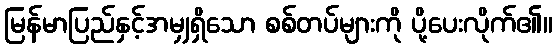
မြန်မာပြည်နှင့်အမျှရှိသော စစ်တပ်များကို ပို့ပေးလိုက်၏။